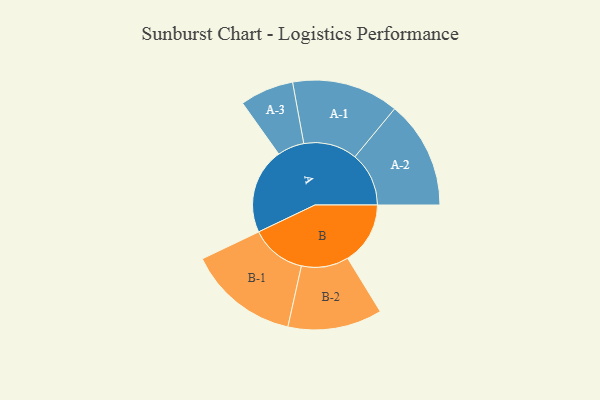
{"axis": {"x": "Segment", "y": "Value"}, "legend": ["", "A", "B"], "data": [{"x": "A", "y": 367, "type": ""}, {"x": "B", "y": 268, "type": ""}, {"x": "A-1", "y": 229, "type": "A"}, {"x": "A-2", "y": 231, "type": "A"}, {"x": "A-3", "y": 115, "type": "A"}, {"x": "B-1", "y": 238, "type": "B"}, {"x": "B-2", "y": 202, "type": "B"}]}